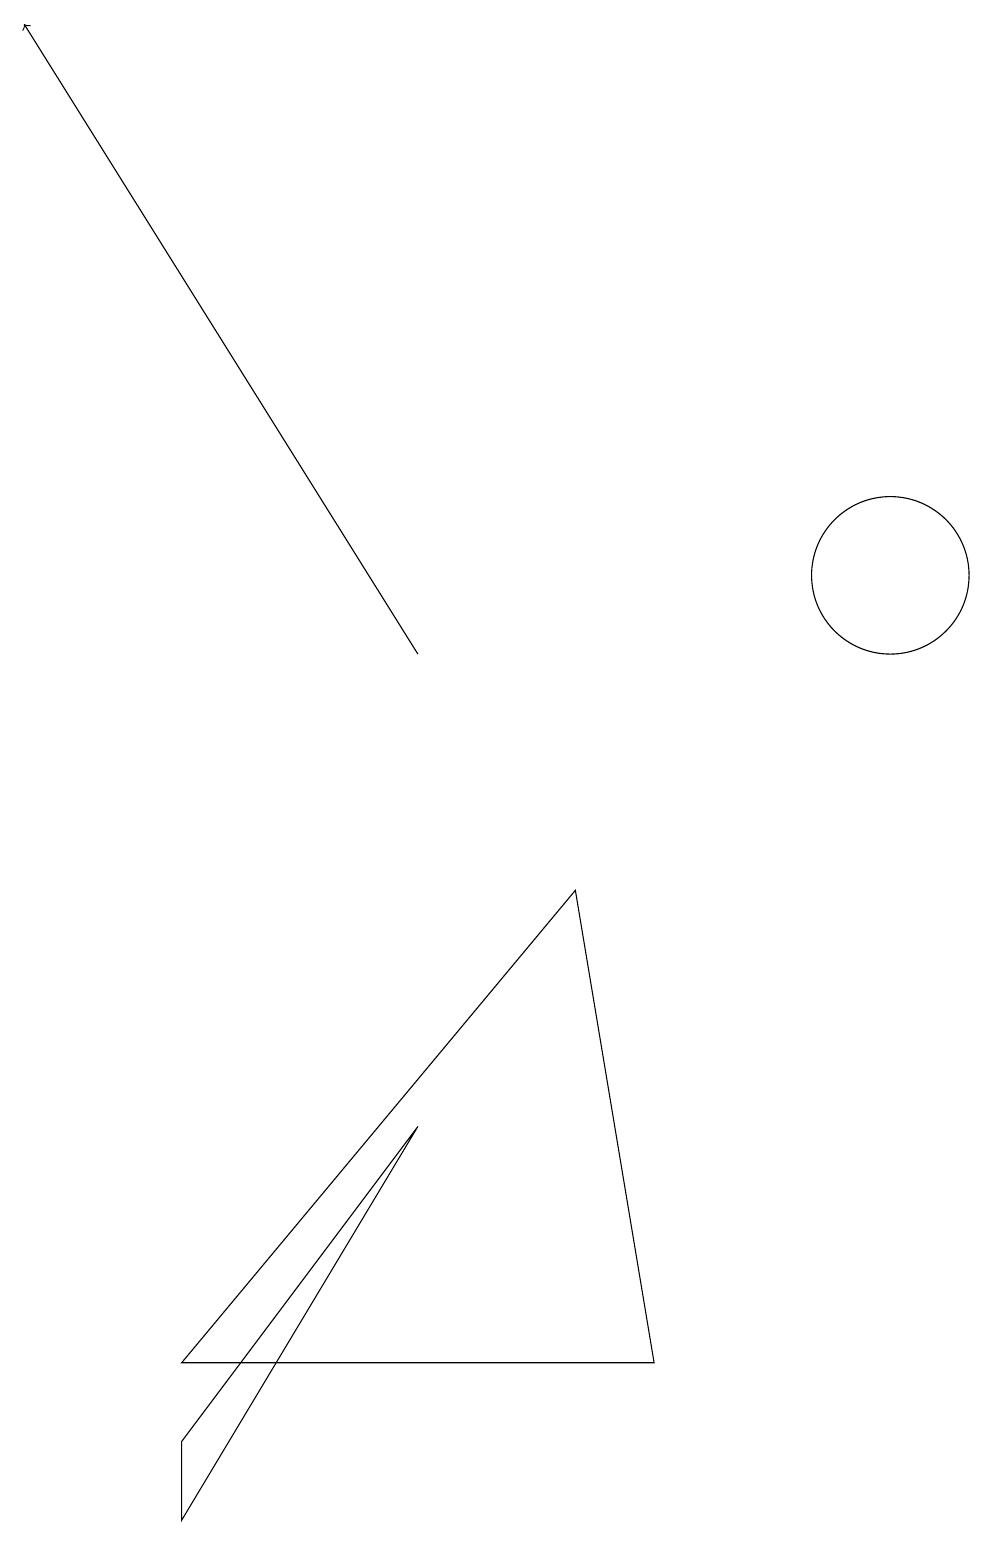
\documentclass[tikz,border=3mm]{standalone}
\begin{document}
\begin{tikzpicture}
\draw (3,0) -- (6,5) -- (3,1) -- cycle;
\draw[->] (6,11) -- (1,19);
\draw (9,2) -- (8,8) -- (3,2) -- cycle;
\draw (12,12) circle (1);
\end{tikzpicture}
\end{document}